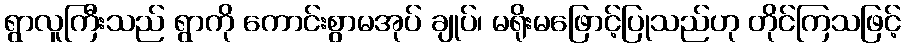
ရွာလူကြီးသည် ရွာကို ကောင်းစွာမအုပ် ချုပ်၊ မရိုးမဖြောင့်ပြုသည်ဟု တိုင်ကြသဖြင့်